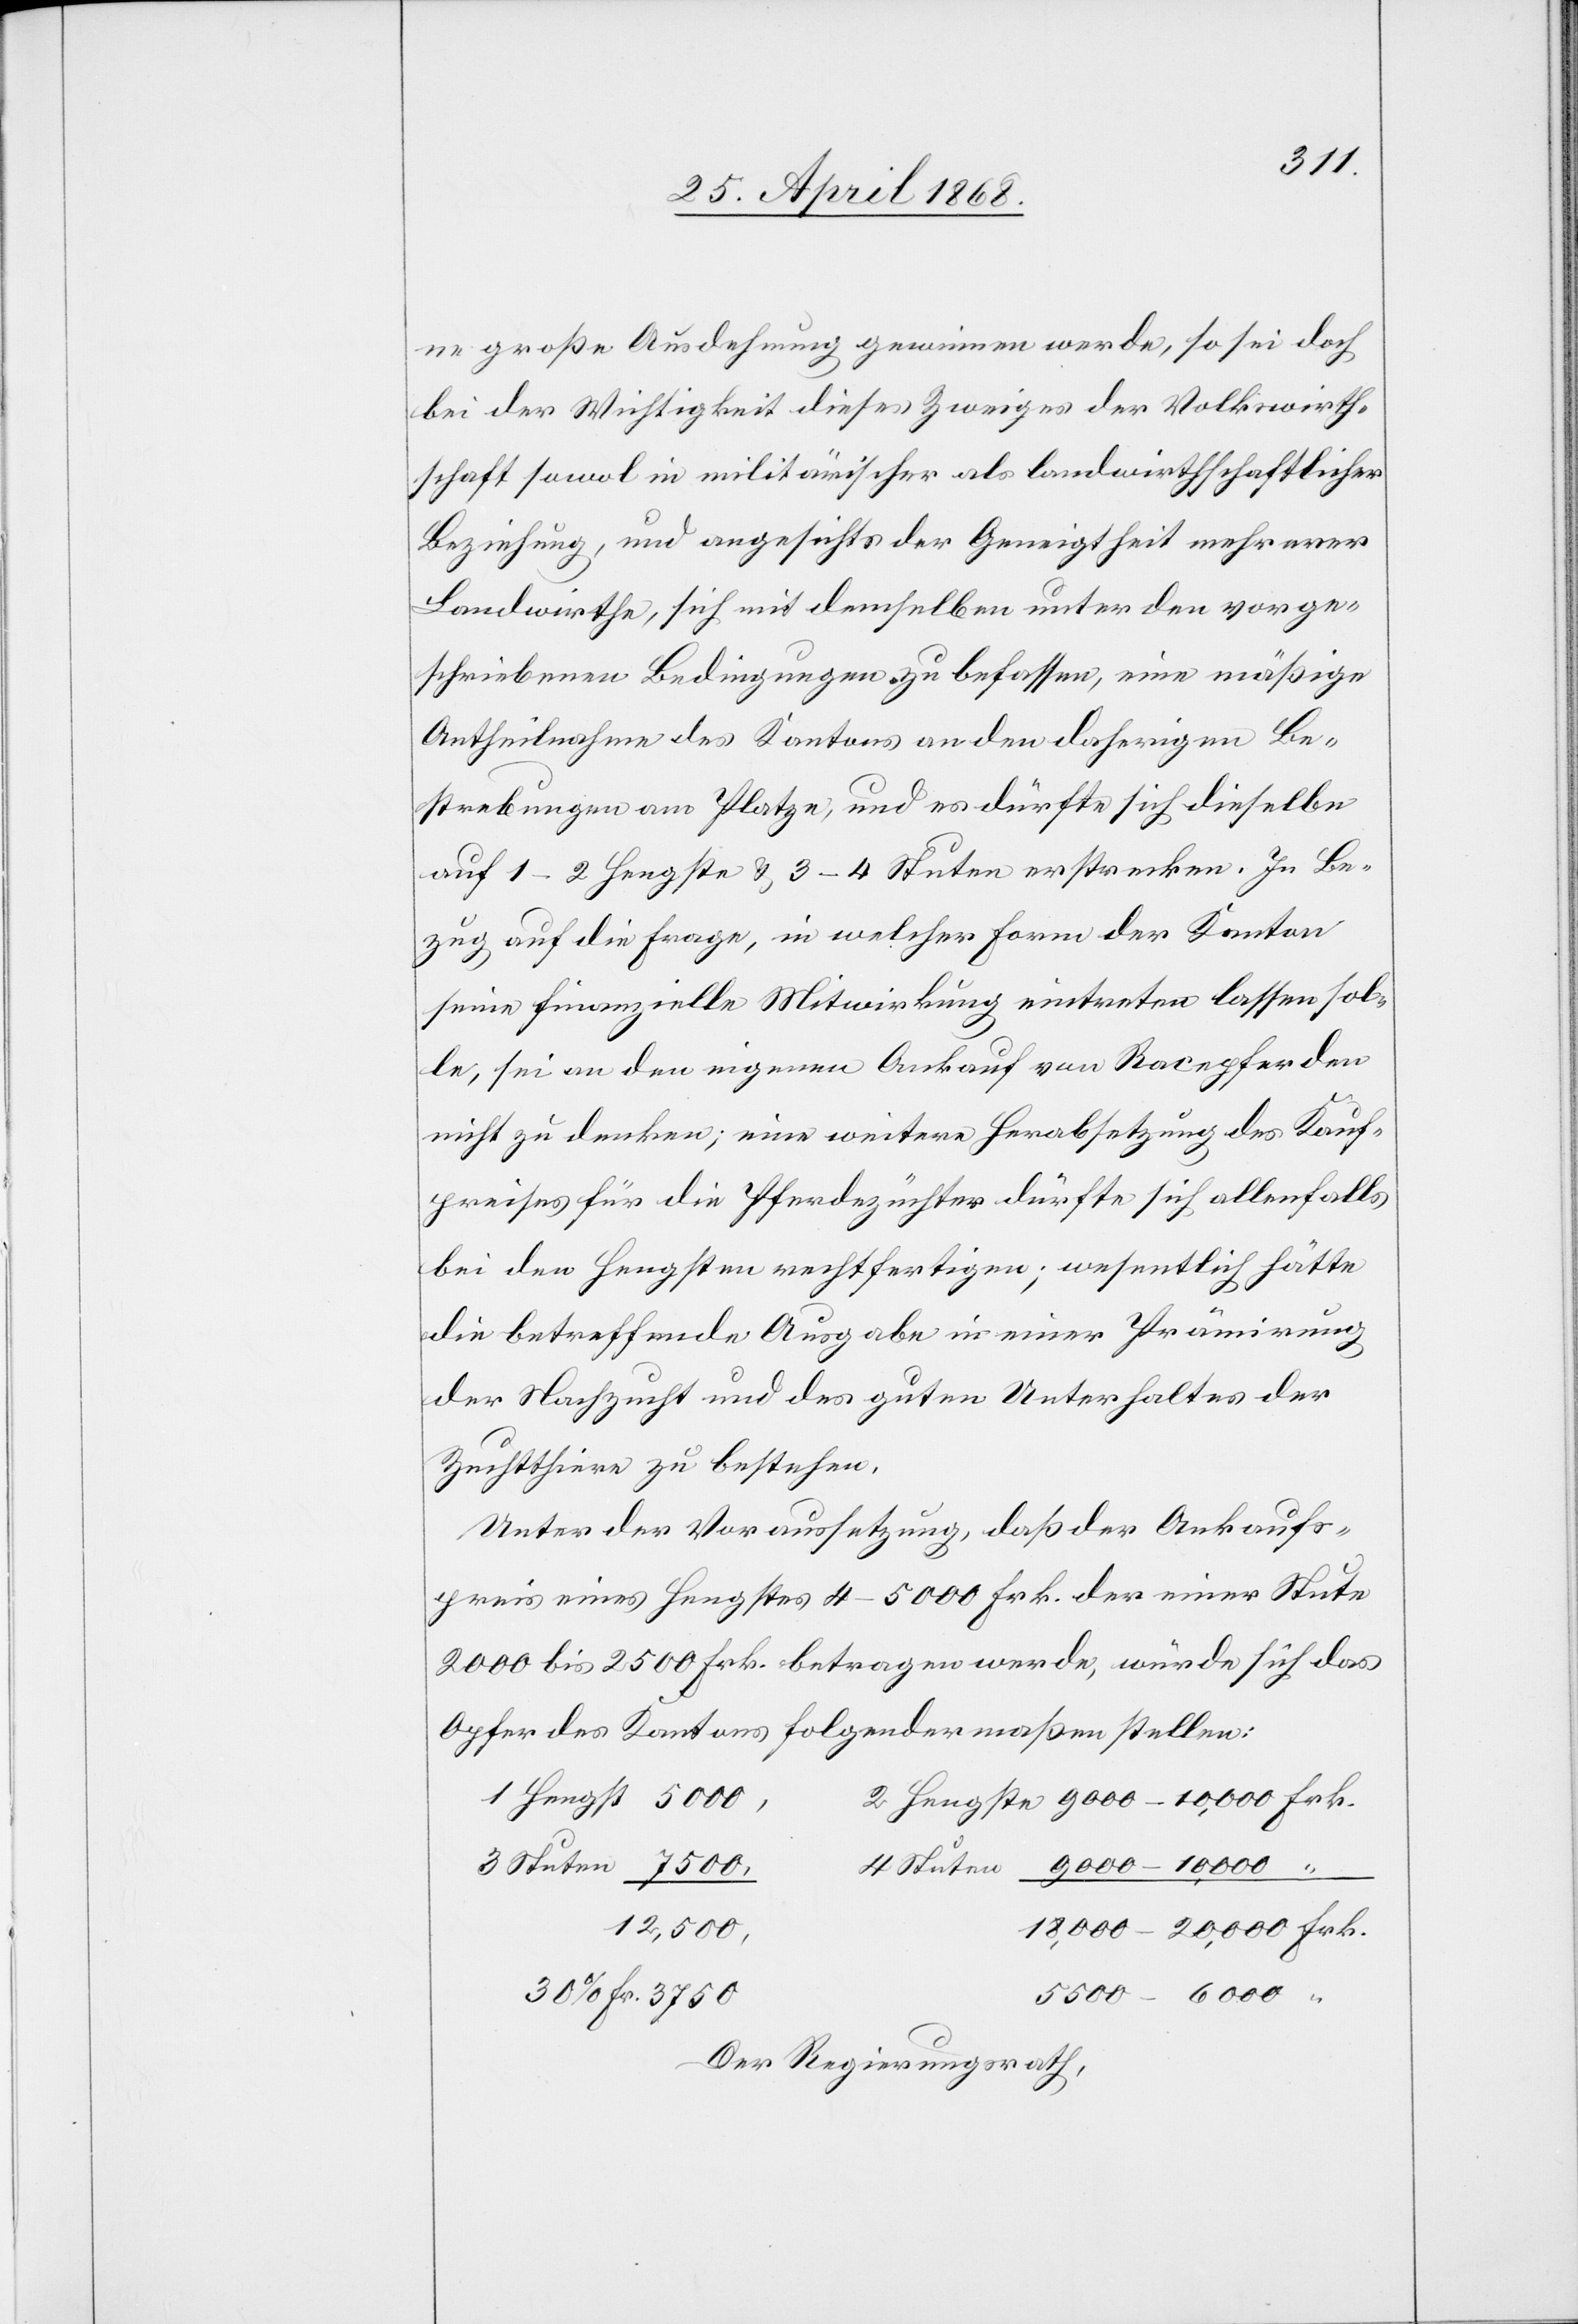
ne große Ausdehnung gewinnen werde, so sei doch
bei der Wichtigkeit dieses Zweiges der Volkswirth¬
schaft sowol in militärischer als landwirthschaftlicher
Beziehung, und angesichts der Geneigtheit mehrerer
Landwirthe, sich mit demselben unter den vorge¬
schriebenen Bedingungen zu befassen, eine mäßige
Antheilnahme des Kantons an den daherigen Be¬
strebungen am Platze, und es dürfte sich dieselbe
auf 1–2 Hengste & 3–4 Stuten erstrecken. In Be¬
zug auf die Frage, in welcher Form der Kanton
seine finanzielle Mitwirkung eintreten lassen sol¬
le, sei an den eigenen Ankauf von Racepferden
nicht zu denken; eine weitere Herabsetzung des Kauf¬
preises für die Pferdezüchter dürfte sich allenfalls
bei den Hengsten rechtfertigen; wesentlich hätte
die betreffende Ausgabe in einer Prämirung
der Nachzucht und des guten Unterhaltes der
Zuchtthiere zu bestehen.
Unter der Voraussetzung, daß der Ankaufs¬
preis eines Hengstes 4–5000 Frk. der einer Stute
2000 bis 2500 Frk. betragen werde, würde sich das
Opfer des Kantons folgendermaßen stellen:
12,500,
18,000–20,000 Frk.
5500– 6000 “
Der Regierungsrath,